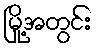
မြို့အတွင်း